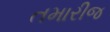
તમારીજ